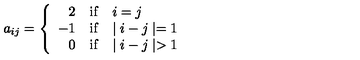
a _ { i j } = \left\{ \begin{array} { r l l } { 2 } & { \mathrm { i f } } & { i = j } \\ { - 1 } & { \mathrm { i f } } & { \mid i - j \mid = 1 } \\ { 0 } & { \mathrm { i f } } & { \mid i - j \mid > 1 } \\ \end{array} \right.